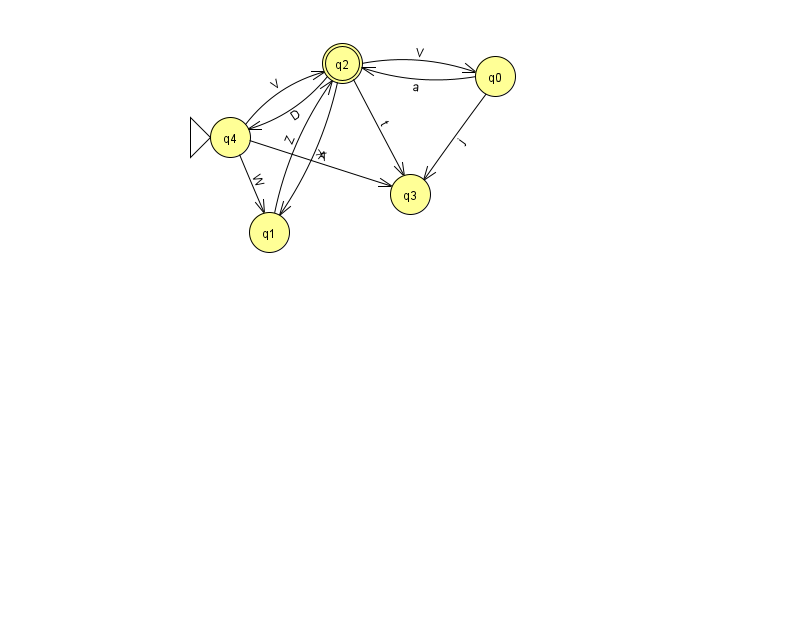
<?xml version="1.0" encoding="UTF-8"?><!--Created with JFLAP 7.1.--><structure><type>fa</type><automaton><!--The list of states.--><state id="0" name="q0"><x>495.0</x><y>63.0</y></state><state id="1" name="q1"><x>269.0</x><y>219.0</y></state><state id="2" name="q2"><x>342.0</x><y>50.0</y><final/></state><state id="3" name="q3"><x>410.0</x><y>181.0</y></state><state id="4" name="q4"><x>230.0</x><y>124.0</y><initial/></state><!--The list of transitions.--><transition><from>2</from><to>0</to><read>V</read></transition><transition><from>0</from><to>3</to><read>j</read></transition><transition><from>4</from><to>3</to><read>A</read></transition><transition><from>0</from><to>2</to><read>a</read></transition><transition><from>2</from><to>4</to><read>D</read></transition><transition><from>4</from><to>2</to><read>V</read></transition><transition><from>1</from><to>2</to><read>Z</read></transition><transition><from>2</from><to>3</to><read>t</read></transition><transition><from>4</from><to>1</to><read>W</read></transition><transition><from>2</from><to>1</to><read>X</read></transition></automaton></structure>